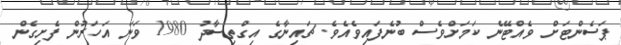
ޕަސެންޓަށް ވެއްޓޭނެ ކަމަށްވެސް ބުނެފައިވެއެވެ. ޗައިނާގެ އިގްތިސާދު 1980 ވަނަ އަހަރުން ފެށިގެން